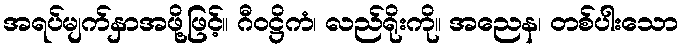
အရပ်မျက်နှာအဖို့ဖြင့်။ ဂီဝဋ္ဌိကံ၊ လည်ရိုးကို။ အညေန၊ တစ်ပါးသော